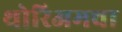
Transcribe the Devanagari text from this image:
थोरिअमचा